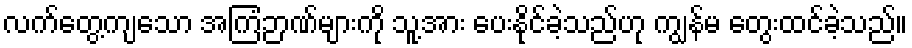
လက်တွေ့ကျသော အကြံဉာဏ်များကို သူ့အား ပေးနိုင်ခဲ့သည်ဟု ကျွန်မ တွေးထင်ခဲ့သည်။